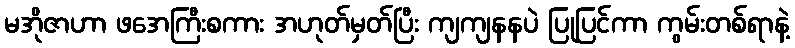
မအိုဇာဟာ ဖအေကြီးစကား အဟုတ်မှတ်ပြီး ကျကျနနပဲ ပြုပြင်ကာ ကွမ်းတစ်ရာနဲ့